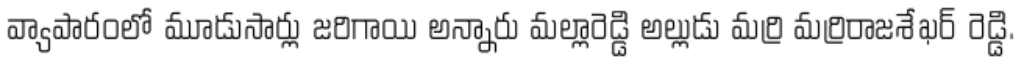
వ్యాపారంలో మూడుసార్లు జరిగాయి అన్నారు మల్లారెడ్డి అల్లుడు మర్రి మర్రిరాజశేఖర్ రెడ్డి.